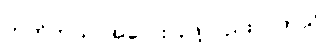
ဟုတ်တယ်၊ အလေးပြုဖို့လည်း ပါတယ်။